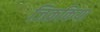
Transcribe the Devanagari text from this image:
जिक्रकिया